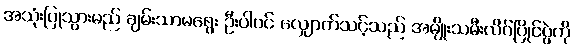
အသုံးပြုသွားမည် ချမ်းသာမရွေး ဦးပါဝင် လျှောက်သင့်သည် အမျိုးသမီးလိဂ်ပြိုင်ပွဲကို